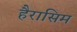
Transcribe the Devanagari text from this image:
हैरासिम